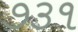
૭૩૧